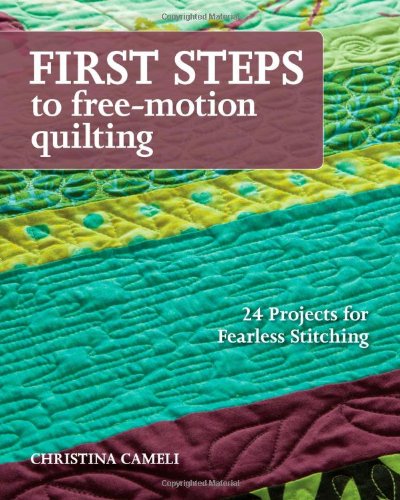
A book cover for First Steps to Free-Motion Quilting; Christina Cameli; Crafts, Hobbies & Home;